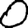
Digit: 0